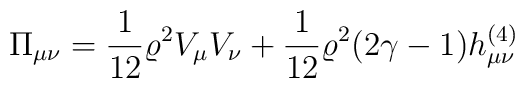
\Pi_{\mu\nu} = \frac{1}{12} \varrho^2 V_{\mu}V_{\nu} +\frac{1}{12} \varrho^2 (2 \gamma - 1) h^{(4)}_{\mu\nu}